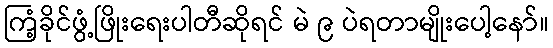
ကြံ့ခိုင်ဖွံ့ဖြိုးရေးပါတီဆိုရင် မဲ ၉ ပဲရတာမျိုးပေါ့နော်။